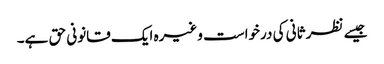
جیسے نظر ثانی کی درخواست وغیرہ ایک قانونی حق ہے۔